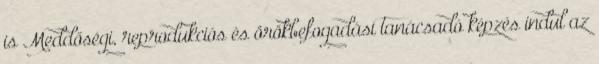
is Meddőségi, reprodukciós és örökbefogadási tanácsadó képzés indul az